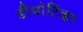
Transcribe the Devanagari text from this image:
डीपोर्टिव्हा